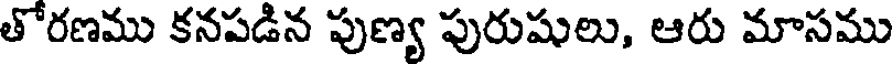
తోరణము కనపడిన పుణ్య పురుషులు, ఆరు మాసము